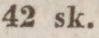
42 sk.